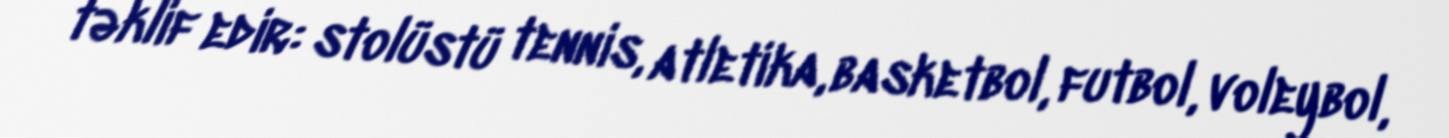
təklif edir: stolüstü tennis, atletika, basketbol, futbol, voleybol,